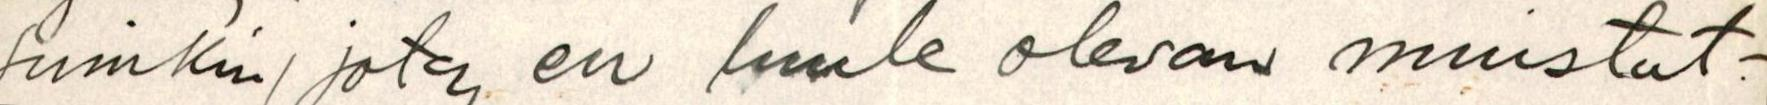
suinkin/ joten en luule olevan muistut-